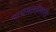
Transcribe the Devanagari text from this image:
पायमल्लीसाठी